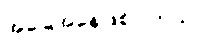
အခြေအနေဖြစ်ပါတယ်။